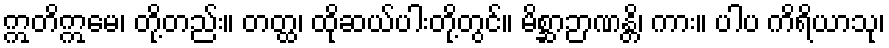
ဣတိဣမေ၊ တို့တည်း။ တတ္ထ၊ ထိုဆယ်ပါးတို့တွင်။ မိစ္ဆာဉာဏန္တိ၊ ကား။ ပါပ ကိရိယာသု၊